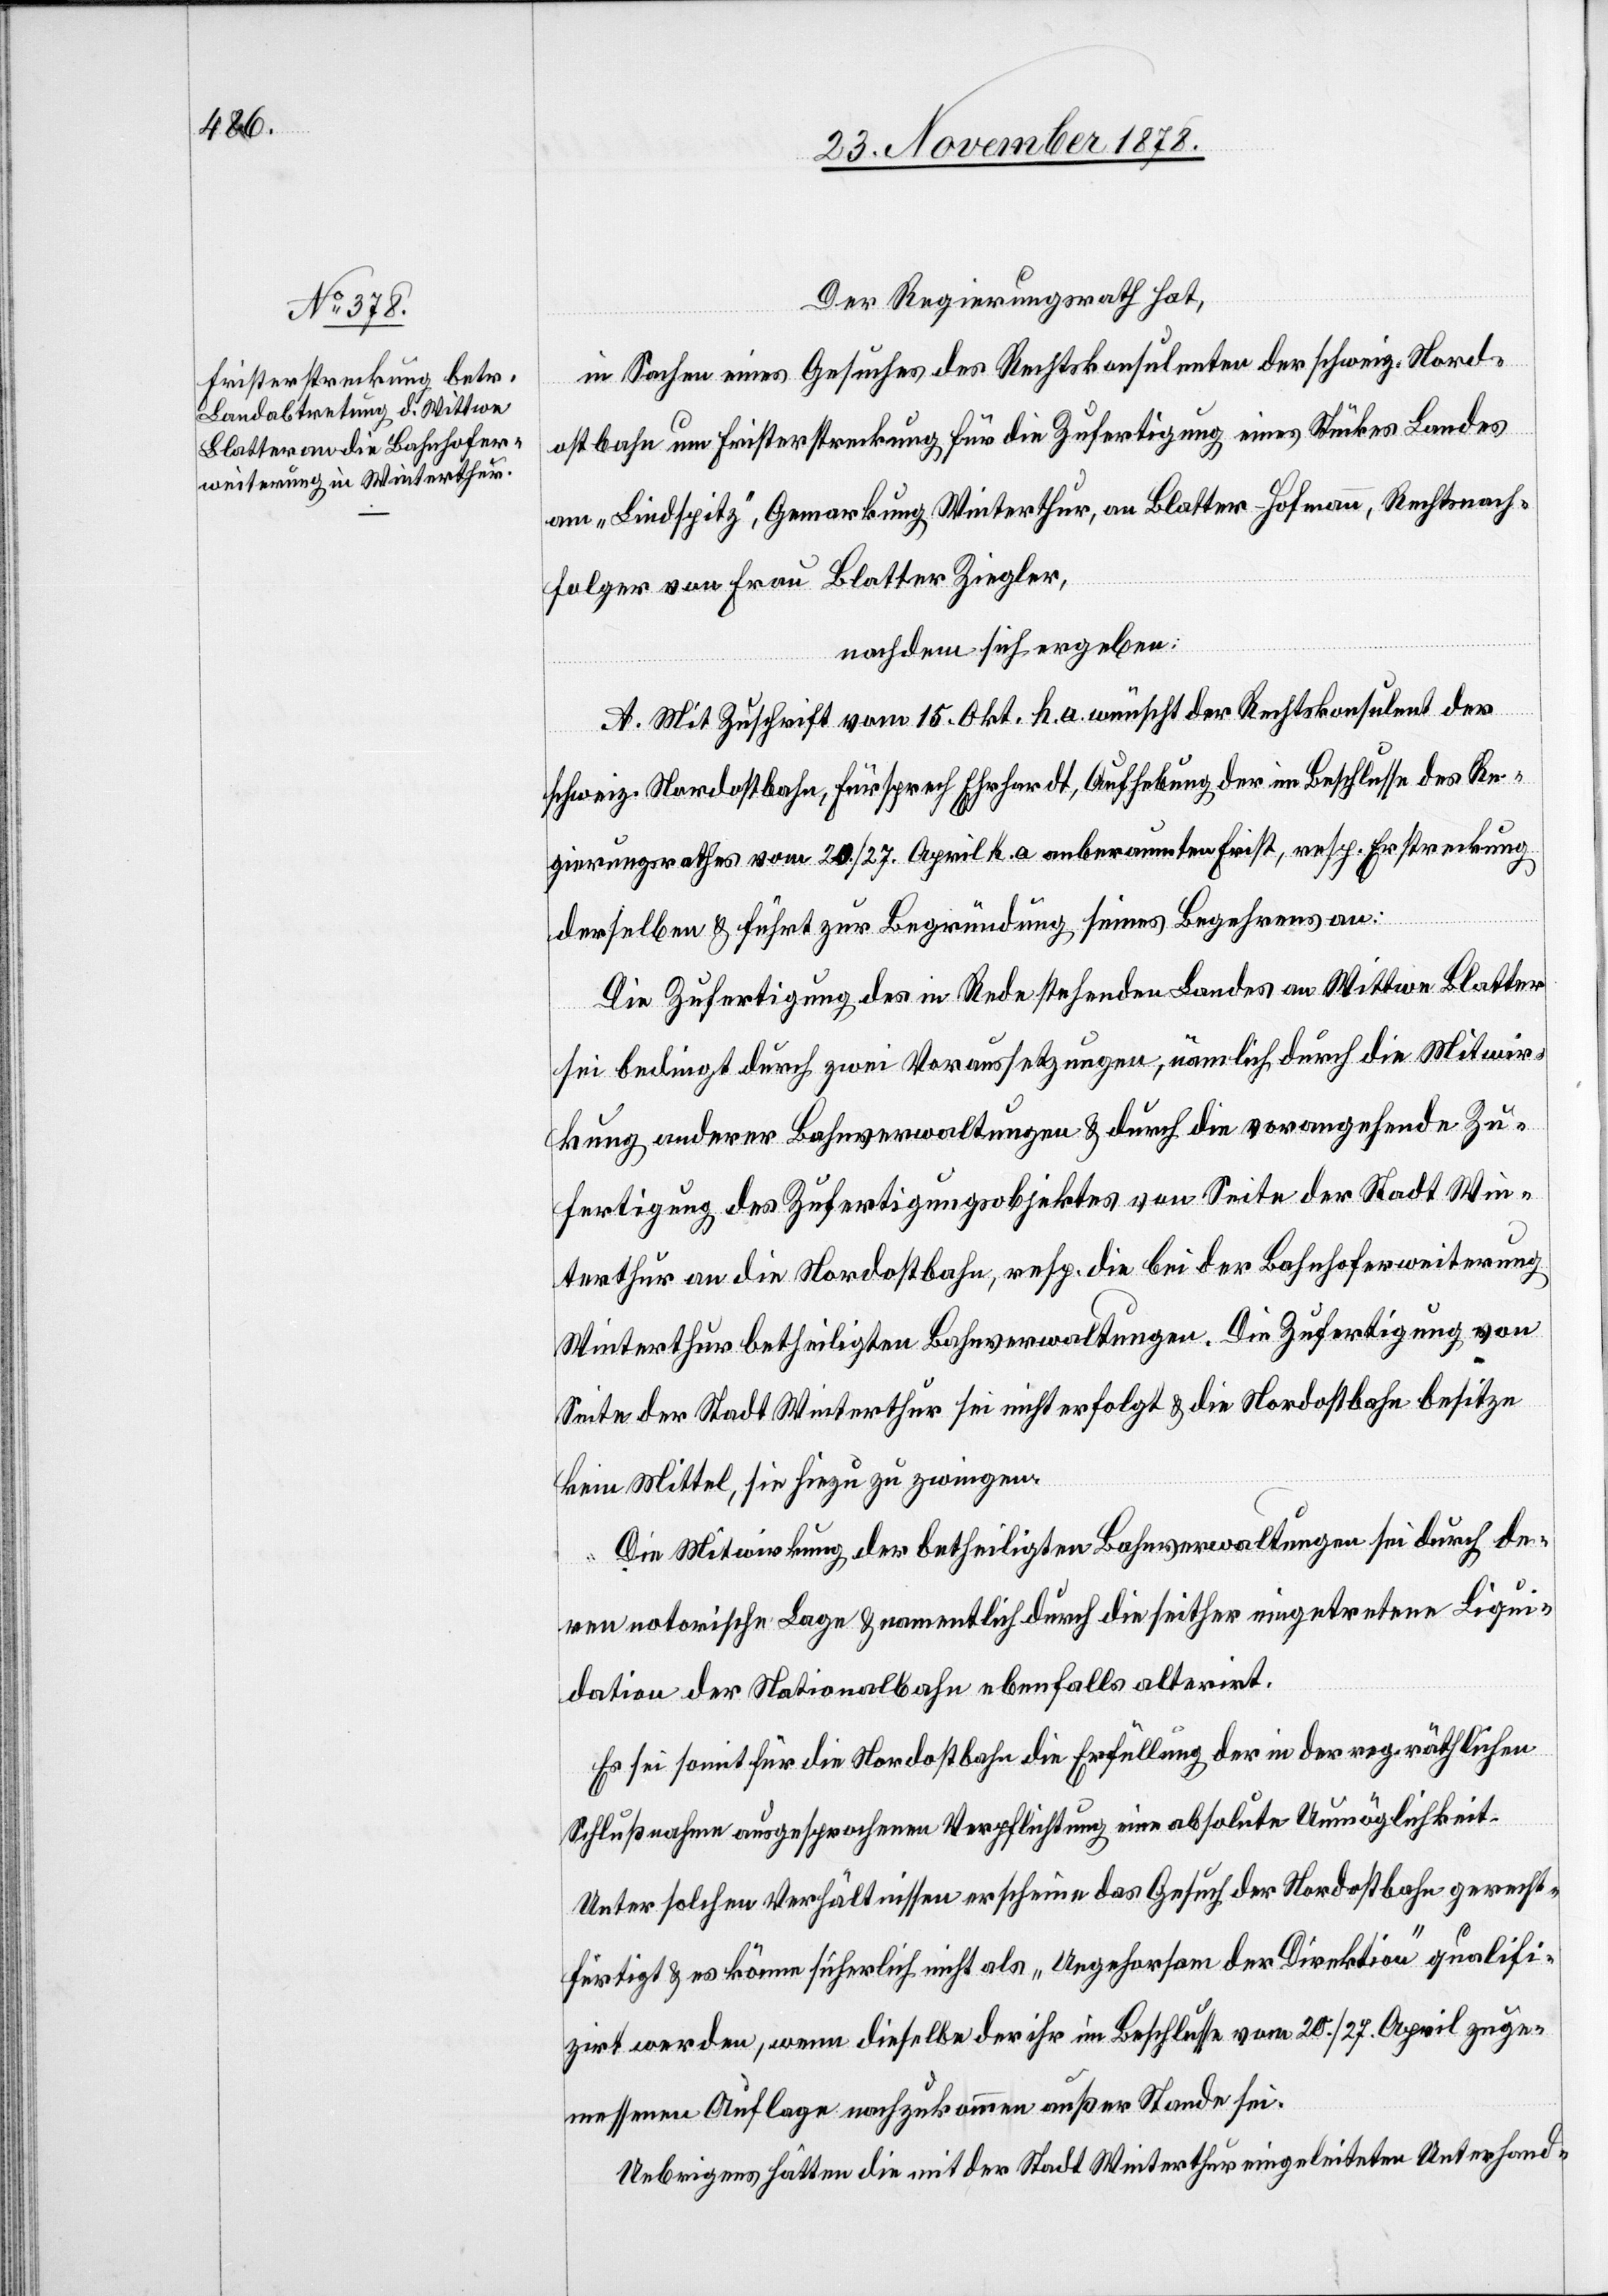
Der Regierungsrath hat,
in Sachen eines Gesuches des Rechtskonsulenten der schweiz. Nord¬
ostbahn um Fristerstreckung für die Zufertigung eines Stückes Landes
am „Lindspitz“, Gemarkung Winterthur, an Blatter-Hofmann, Rechtsnach¬
folger von Frau Blatter Ziegler,
nachdem sich ergeben:
A. Mit Zuschrift vom 15. Okt. h. a. wünscht der Rechtskonsulent der
schweiz. Nordostbahn, Fürsprech Ehrhardt, Aufhebung der im Beschlusse des Re¬
gierungsrathes vom 20./27. April h. a. anberaumten Frist, resp. Erstreckung
derselben & führt zur Begründung seines Begehrens an:
Die Zufertigung des in Rede stehenden Landes an Wittwe Blatter
sei bedingt durch zwei Voraussetzungen, nämlich durch die Mitwir¬
kung anderer Bahnverwaltungen & durch die vorangehende Zu¬
fertigung des Zufertigungsobjektes von Seite der Stadt Win¬
terthur an die Nordostbahn, resp. die bei der Bahnhoferweiterung
Winterthur betheiligten Bahnverwaltungen. Die Zufertigung von
Seite der Stadt Winterthur sei nicht erfolgt & die Nordostbahn besitze
keine Mittel, sie hiezu zu zwingen.
Die Mitwirkung der betheiligten Bahnverwaltungen sei durch de¬
ren notorische Lage & namentlich durch die seither eingetretenen Liqui¬
dation der Nationalbahn ebenfalls alterirt.
Es sei somit für die Nordostbahn die Erfüllung der in der reg. räthlichen
Schlußnahme ausgesprochenen Verpflichtung eine absolute Unmöglichkeit.
Unter solchen Verhältnissen erscheine das Gesuch der Nordostbahn gerecht¬
fertigt & es könne sicherlich nicht als „Ungehorsam der Direktion“ qualifi¬
zirt worden, wenn dieselbe der ihr im Beschlusse vom 20./27. April zuge¬
messene Auflage nachzukommen außer Stande sei.
Uebrigens hätten die mit der Stadt Winterthur eingeleiteten Unterhand-